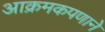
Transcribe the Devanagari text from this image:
आक्रमकपणाने